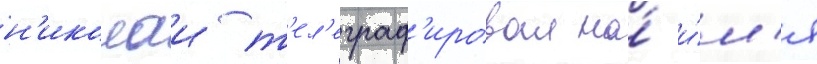
н'иколаи т'ел'еграф'ировал на́ и́м'я